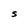
Character: S